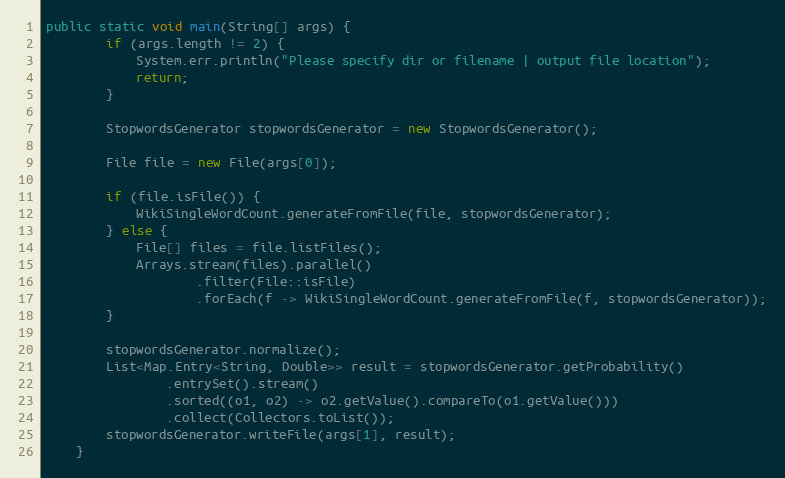
Language: Java
public static void main(String[] args) {
        if (args.length != 2) {
            System.err.println("Please specify dir or filename | output file location");
            return;
        }

        StopwordsGenerator stopwordsGenerator = new StopwordsGenerator();

        File file = new File(args[0]);

        if (file.isFile()) {
            WikiSingleWordCount.generateFromFile(file, stopwordsGenerator);
        } else {
            File[] files = file.listFiles();
            Arrays.stream(files).parallel()
                    .filter(File::isFile)
                    .forEach(f -> WikiSingleWordCount.generateFromFile(f, stopwordsGenerator));
        }

        stopwordsGenerator.normalize();
        List<Map.Entry<String, Double>> result = stopwordsGenerator.getProbability()
                .entrySet().stream()
                .sorted((o1, o2) -> o2.getValue().compareTo(o1.getValue()))
                .collect(Collectors.toList());
        stopwordsGenerator.writeFile(args[1], result);
    }